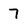
Character: 7